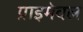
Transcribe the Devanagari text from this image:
प्राइमेवल